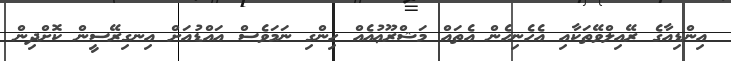
އިންޑިއާގެ ރޭއިލްވޭތަކާއި އެހެނިހެން އެތައް މަޝްރޫޢުއެއް ހިންގި ނަމަވެސް އައްޑުއަށް އިނގިރޭސީން ކޮށްދިން